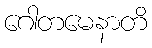
ဂေါတမေနာတိ